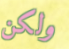
ولكن